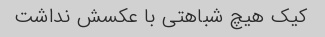
کیک هیچ شباهتی با عکسش نداشت